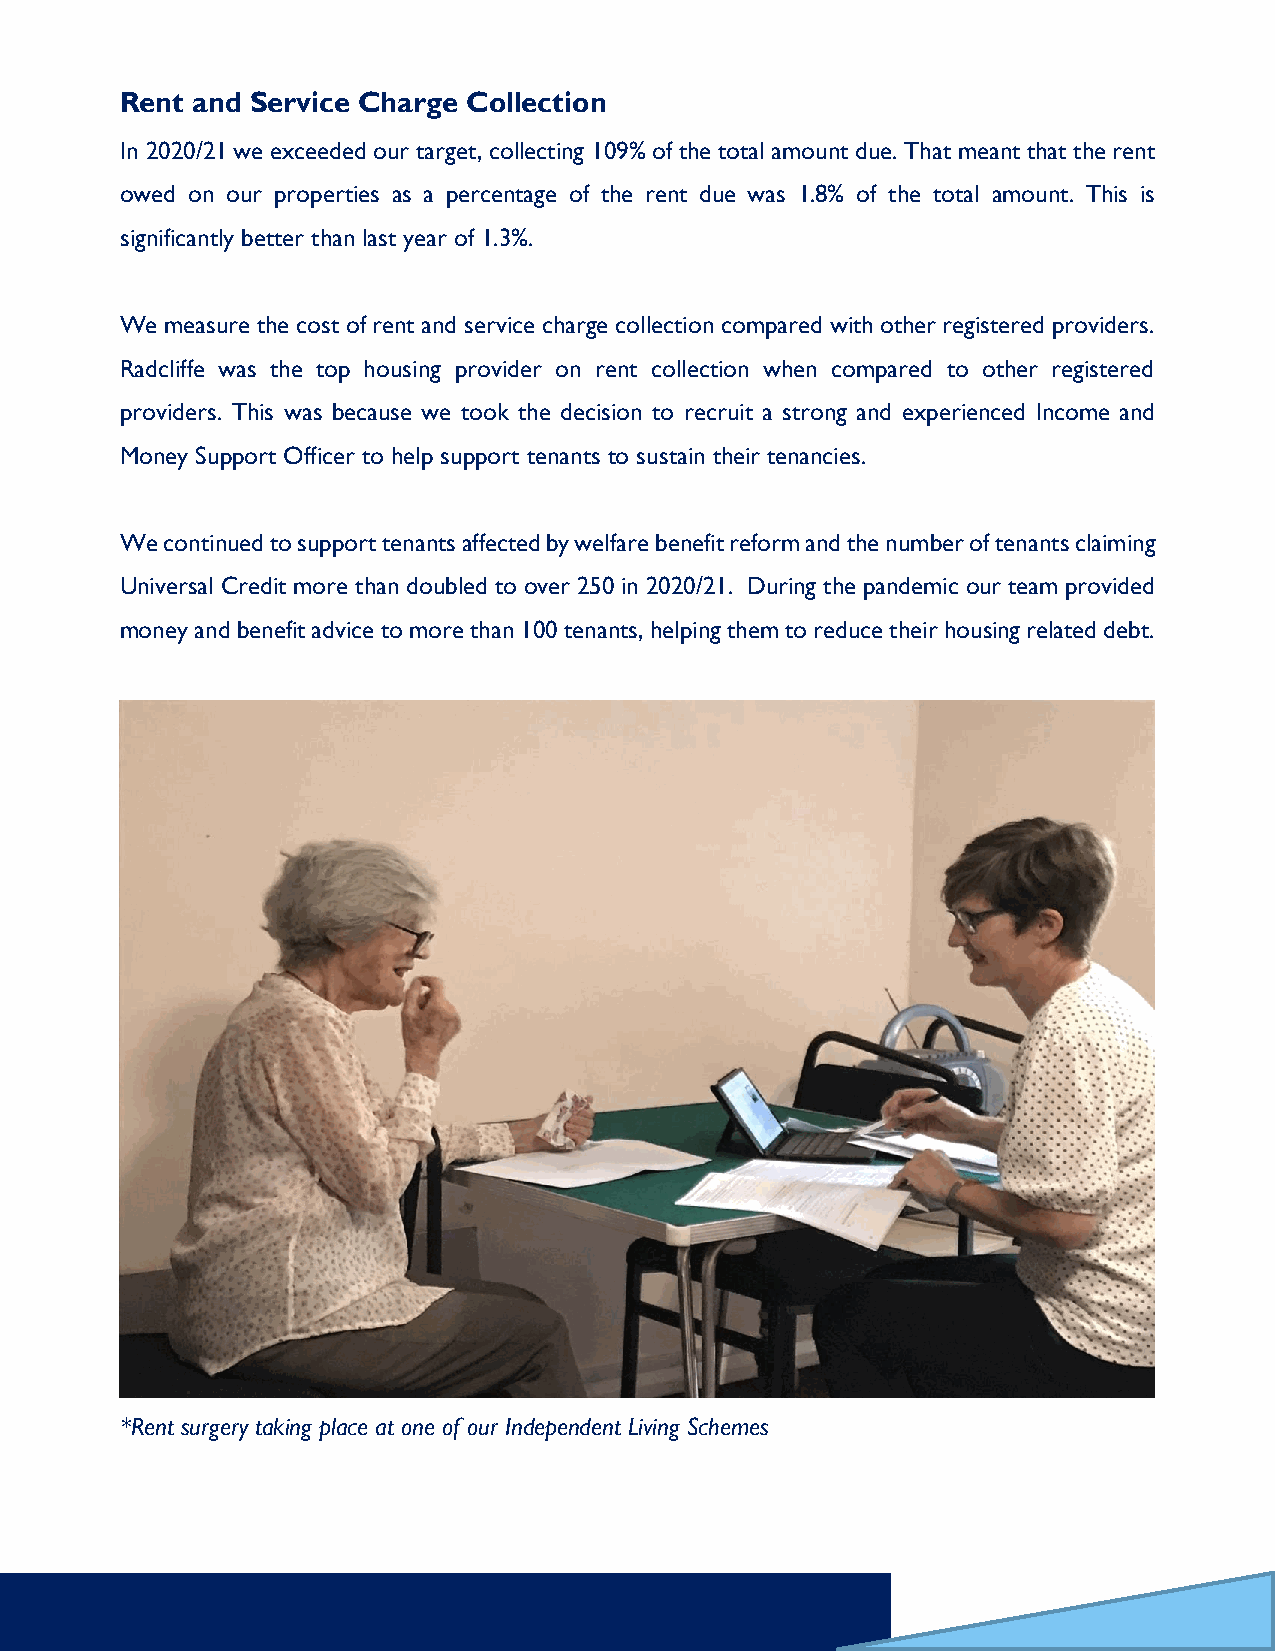
Rent and Service Charge Collection
 In 2020/21 we exceeded our target, collecting 109% of the total amount due. That meant that the rent
 owed on our properties as a percentage of the rent due was 1.8% of the total amount. This is
 significantly better than last year of 1.3%.
 We measure the cost of rent and service charge collection compared with other registered providers.
 Radcliffe was the top housing provider on rent collection when compared to other registered
 providers. This was because we took the decision to recruit a strong and experienced Income and
 Money Support Officer to help support tenants to sustain their tenancies.
 We continued to support tenants affected by welfare benefit reform and the number of tenants claiming
 Universal Credit more than doubled to over 250 in 2020/21. During the pandemic our team provided
 money and benefit advice to more than 100 tenants, helping them to reduce their housing related debt.
 *Rent surgery taking place at one of our Independent Living Schemes